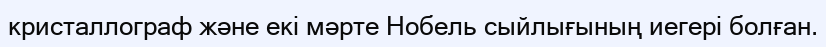
кристаллограф және екі мәрте Нобель сыйлығының иегері болған.